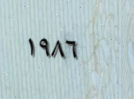
١٩٨٦